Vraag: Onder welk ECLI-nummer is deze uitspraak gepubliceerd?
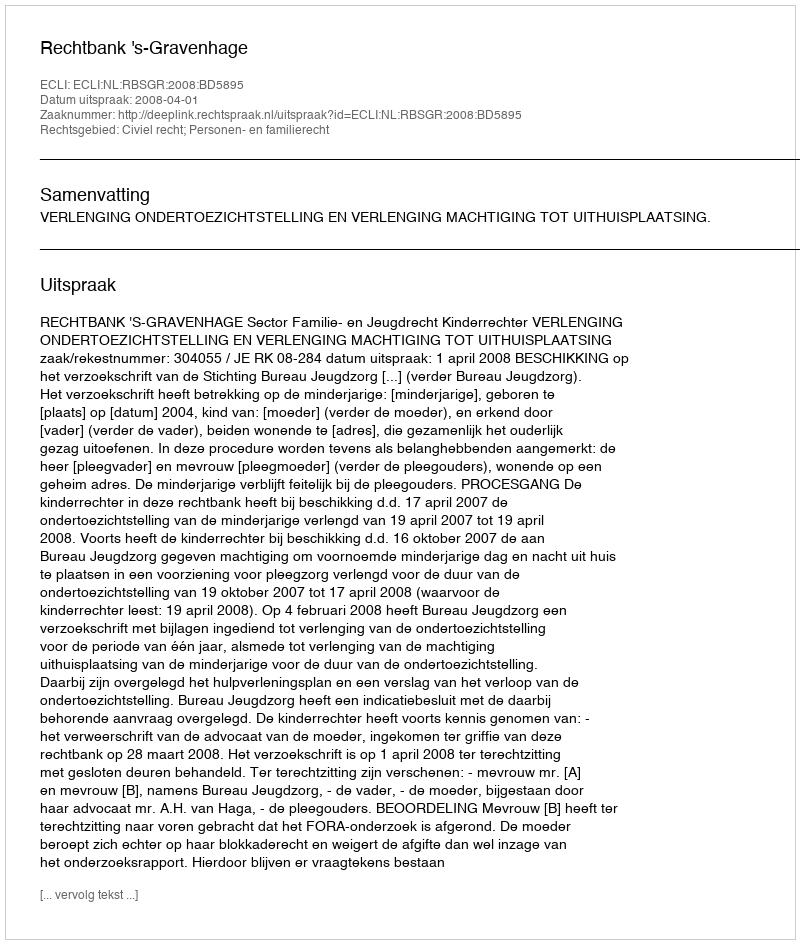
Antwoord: ECLI:NL:RBSGR:2008:BD5895